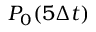
P _ { 0 } ( 5 \Delta t )